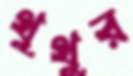
থুথুর